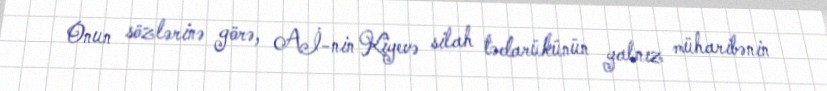
Onun sözlərinə görə, Aİ-nin Kiyevə silah tədarükünün yalnız müharibənin